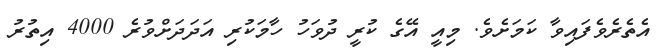
އެތެރެވެފައިވާ ކަމަށެވެ. މިއީ އޭގެ ކުރީ ދުވަހު ހާމަކުރި އަދަދަށްވުރެ 4000 އިތުރު